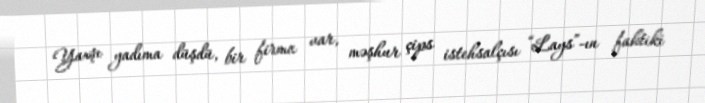
Yaxşı yadıma düşdü, bir firma var, məşhur çips istehsalçısı “Lays”-ın faktiki